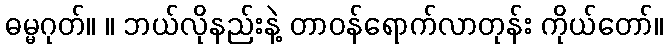
ဓမ္မဂုတ်။ ။ ဘယ်လိုနည်းနဲ့ တာဝန်ရောက်လာတုန်း ကိုယ်တော်။